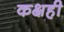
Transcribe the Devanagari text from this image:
कक्षही